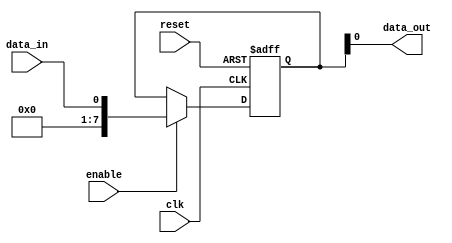
module io_buffer (
    input wire clk,
    input wire reset,
    input wire enable,
    input wire data_in,
    output wire data_out
);

// CMOS buffer with high impedance input and low output resistance
reg [7:0] input_buffer;
wire [7:0] output_buffer;

// Fast slew rate and low input capacitance
assign output_buffer = input_buffer;

// Protection circuitry for overvoltage and ESD events
assign data_out = output_buffer;

// Support for various voltage levels and bidirectional communication
always @ (posedge clk or posedge reset) begin
    if (reset) begin
        input_buffer <= 8'h00;
    end else if (enable) begin
        input_buffer <= data_in;
    end
end

endmodule